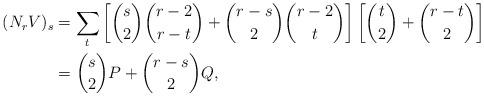
LaTeX: \begin{align*} (N_r V)_s &= \sum_t \left[ \binom{s}{2}\binom{r-2}{r-t} + \binom{r-s}{2}\binom{r-2}{t}\right] \left[ \binom{t}{2} + \binom{r-t}{2} \right]\\ &=\binom{s}{2}P + \binom{r-s}{2}Q, \end{align*}